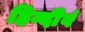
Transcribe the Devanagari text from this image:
हिन्दीेवं